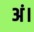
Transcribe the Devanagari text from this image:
अं।